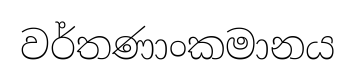
වර්තණාංකමානය